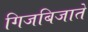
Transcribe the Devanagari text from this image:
गिजबिजाते